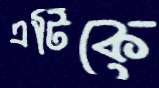
এটিকে